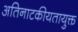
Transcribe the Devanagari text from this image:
अतिनाटकीयतायुक्त